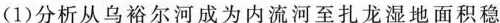
(1)分析从乌裕尔河成为内流河至扎龙湿地面积稳